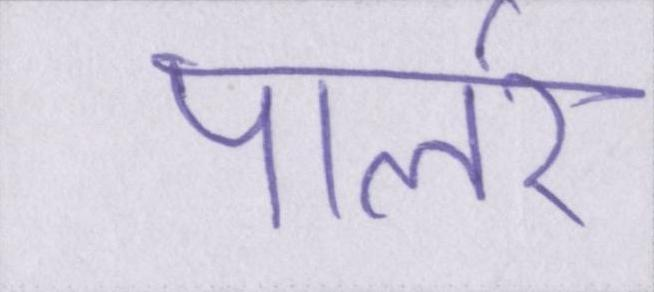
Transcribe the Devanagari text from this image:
पार्लर